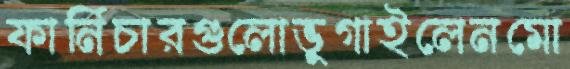
ফার্নিচারগুলোভুগাইলেনমো